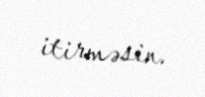
itirməsin.